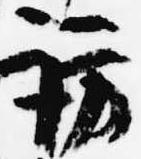
訪